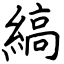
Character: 縞